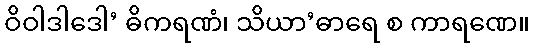
ဝိဝါဒါဒေါ’ ဓိကရဏံ၊ သိယာ’ဓာရေ စ ကာရဏေ။